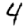
Digit: 4